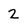
Character: 2